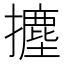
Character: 𭢻